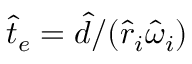
\hat { t } _ { e } = \hat { d } / ( \hat { r } _ { i } \hat { \omega } _ { i } )